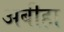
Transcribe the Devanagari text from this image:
अबीहा